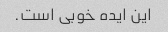
این ایده خوبی است.